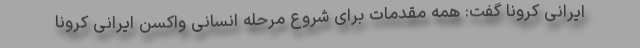
ایرانی کرونا گفت: همه مقدمات برای شروع مرحله انسانی واکسن ایرانی کرونا